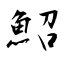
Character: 鮉